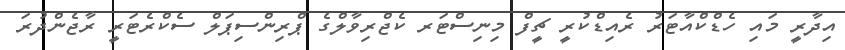
އިދާރީ މައި ހެޑްކްއާޓަރު ރެއިޑްކުރީ ޗީފް މިނިސްޓަރ ކެޖްރިވާލްގެ ޕްރިންސިޕަލް ސެކްރެޓަރީ ރާޖެންދުރަ